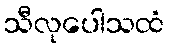
သီလုပေါသထံ